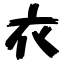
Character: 衣